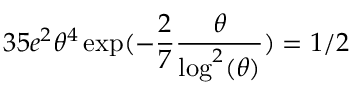
3 5 e ^ { 2 } \theta ^ { 4 } \exp ( - \frac { 2 } { 7 } \frac { \theta } { \log ^ { 2 } ( \theta ) } ) = 1 / 2